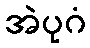
အဲပုဂံ